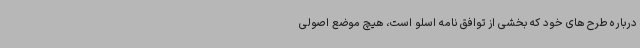
درباره طرح های خود که بخشی از توافق نامه اسلو است، هیچ موضع اصولی